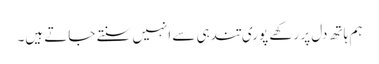
ہم ہاتھ دل پر رکھے پوری تندہی سے انہیں سنتے جاتے ہیں۔